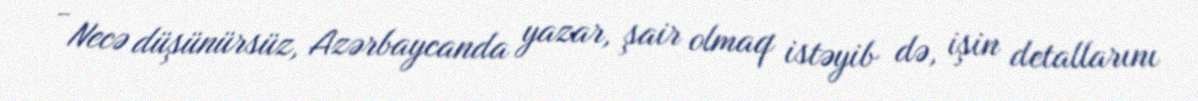
- Necə düşünürsüz, Azərbaycanda yazar, şair olmaq istəyib də, işin detallarını